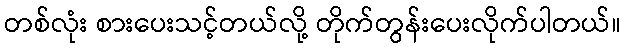
တစ်လုံး စားပေးသင့်တယ်လို့ တိုက်တွန်းပေးလိုက်ပါတယ်။